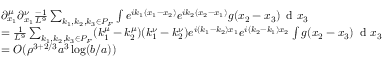
\begin{array} { r l } & { \partial _ { x _ { 1 } } ^ { \mu } \partial _ { x _ { 1 } } ^ { \nu } \frac { - 1 } { L ^ { 9 } } \sum _ { k _ { 1 } , k _ { 2 } , k _ { 3 } \in P _ { F } } \int e ^ { i k _ { 1 } ( x _ { 1 } - x _ { 2 } ) } e ^ { i k _ { 2 } ( x _ { 2 } - x _ { 1 } ) } g ( x _ { 2 } - x _ { 3 } ) \, \textnormal { d } x _ { 3 } } \\ & { = \frac { 1 } { L ^ { 9 } } \sum _ { k _ { 1 } , k _ { 2 } , k _ { 3 } \in P _ { F } } ( k _ { 1 } ^ { \mu } - k _ { 2 } ^ { \mu } ) ( k _ { 1 } ^ { \nu } - k _ { 2 } ^ { \nu } ) e ^ { i ( k _ { 1 } - k _ { 2 } ) x _ { 1 } } e ^ { i ( k _ { 2 } - k _ { 1 } ) x _ { 2 } } \int g ( x _ { 2 } - x _ { 3 } ) \, \textnormal { d } x _ { 3 } } \\ & { = O ( \rho ^ { 3 + 2 / 3 } a ^ { 3 } \log ( b / a ) ) } \end{array}